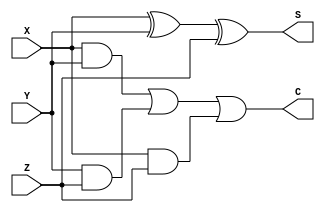
/*
 * Exercise: 1
 * Description: full adder
 * Script:
iverilog -o fulladder fulladder.v fulladder-tb.v
vvp fulladder
gtkwave fulladder.vpd
 */
module fulladder(S,C,X,Y,Z);
	input X, Y, Z;
	output S, C;
	wire w1, w2, w3, w4;
	
	xor U0 (w1,X,Y);
	and U1 (w2,X,Y);
	and U2 (w3,Y,Z);
	and U3 (w4,X,Z);
	xor U4 (S,w1,Z);
	or U5 (C,w2,w3,w4);
	
endmodule